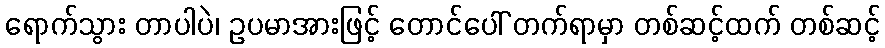
ရောက်သွား တာပါပဲ၊ ဥပမာအားဖြင့် တောင်ပေါ် တက်ရာမှာ တစ်ဆင့်ထက် တစ်ဆင့်